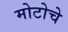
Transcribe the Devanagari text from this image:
मोटोचे